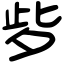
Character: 㱔